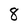
Character: 8